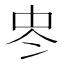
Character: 𠗀